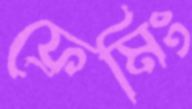
ফ্রেমিং